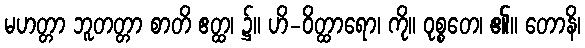
မဟတ္တာ ဘူတတ္တာ စာတိ ဧတ္ထ၊ ၌။ ဟိ-ဝိတ္ထာရော၊ ကို။ ဝုစ္စတေ၊ ၏။ တောနိ၊